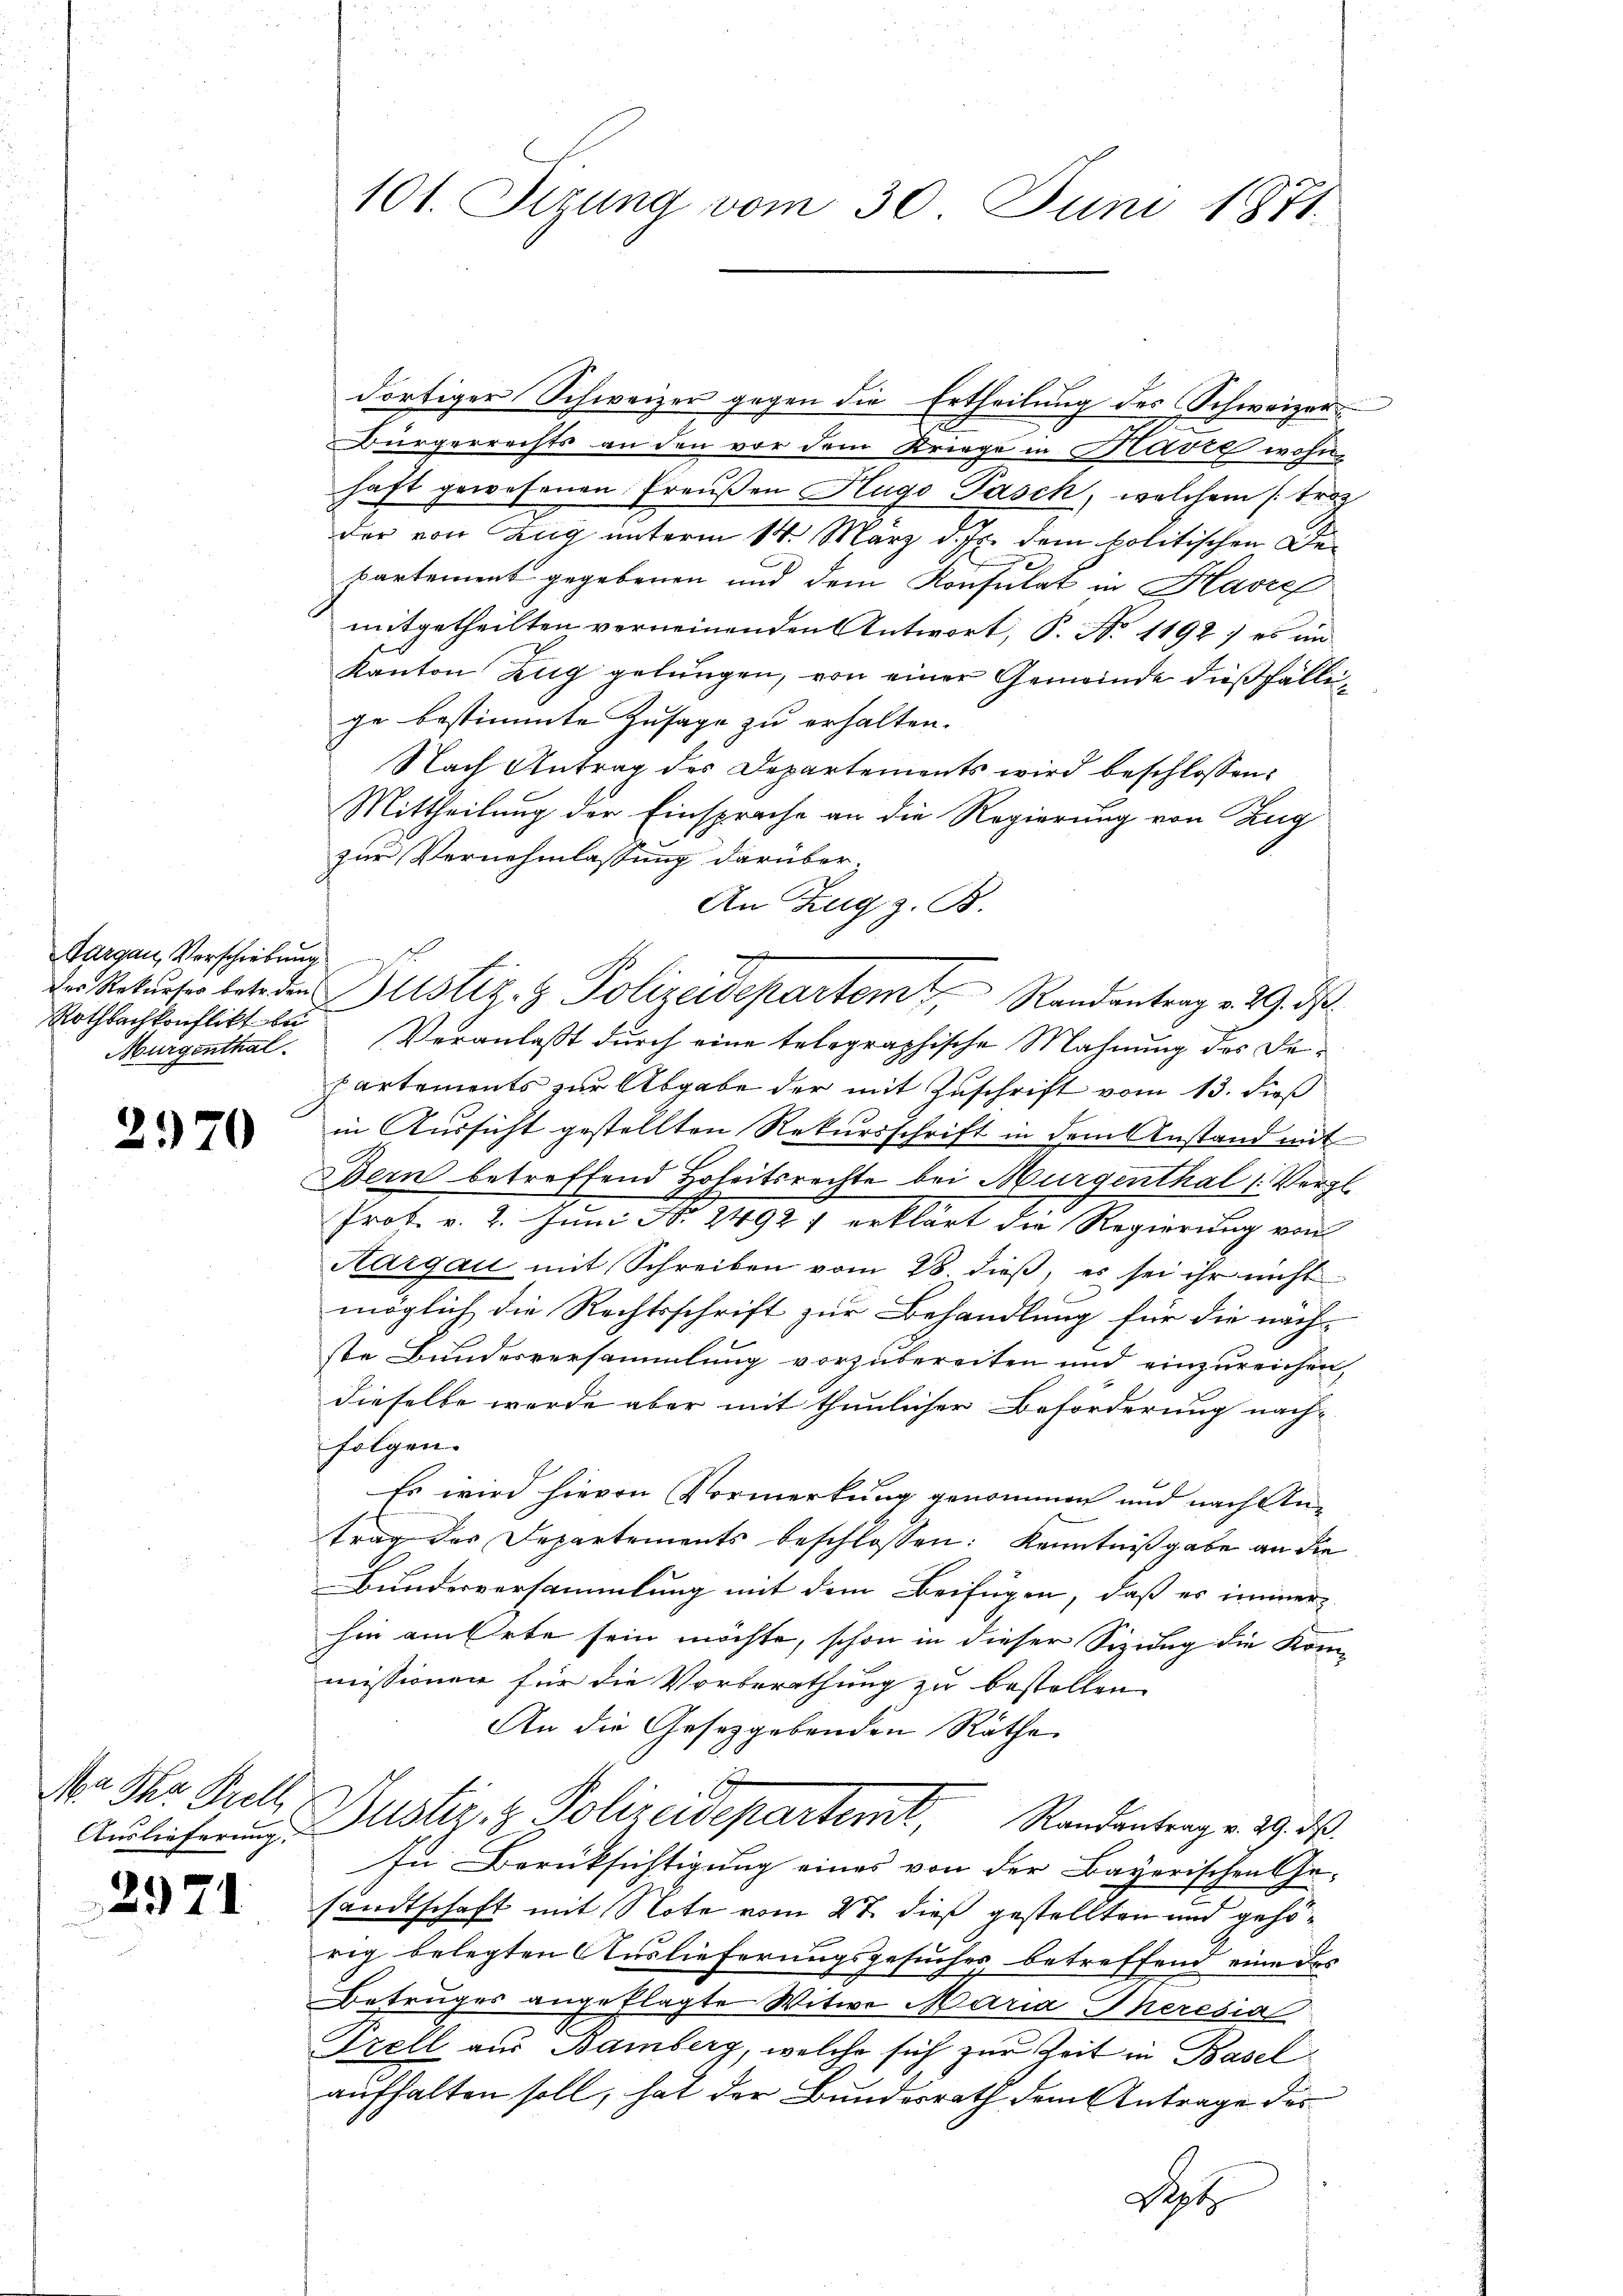
Aargau, Verschiebung
Rothbachkonflikt zu
Murgenthal

2370

Ma Ihr Prell
Auslieferung.

2971.

101. Sizung vom 30. Juni 1871.

dortiger Schweizer gegen die Ertheilung des Schweizer
Bürgerrechts an den vor dem Kriege in Navre wohnhaft gewesenen Preußen Hugo Pasch, welchem /: trot
der von Zug unterm 14. März d. Js. dem politischen Dekartement gegebenen und dem Konsulat in Havre
mitgetheilten verneinenden Antwort, S. No 1192 : es in
Kanton Zug gelungen, von einer Gemeinde dießfällige bestimmte Zusage zu erhalten.
Nach Antrag des Departements wird beschlossen:
Mittheilung der Einsprache an die Regierung von Zug
zur Vernehmlassung darüber
An Zug z. B.
Der Rekurser betr den Zustiz- & Polizeidepartem Randantrag v. 29. ds.
Veranlasst durch eine telegraphische Mahnung des De¬
Partements zur Abgabe der mit Zuschrift vom 13. dieß
in Aussicht gestellten Rekursschrift in dem Anstand mit
Bern betreffend Hoheitsrechte bei Murgenthal (Vergl
2
Prot. v. 2. Juni No 24921 erklärt die Regierung von
Aargau mit Schreiben vom 28. dieß, es sei ihr nicht
möglich die Rechtsschrift zur Behandlung für die näch-
ste Bundesversammlung vorzubereiten und einzureichen,
dieselbe werde aber mit thunlicher Beförderung nach-
folgen.
Es wird hievon Vormerkung genommen und nach An-
trag des Departements beschlossen: Kenntnißgabe an die
Bundesversammlung mit dem Beifügen, daß es immer-
hin an Orte sein möchte, schon in dieser Sizung die Kom-
missionen für die Vorberathung zu bestellen
An die Gesetzgebenden Räthe
Justiz & Polizeidepartemt, Standentrag v. 29. ds.
In Berüksichtigung eines von der Bayerischen Ge-
sandtschaft mit Note vom 27. dieß gestellten und gehörig belegten Auslieferungsgesuches, betreffend eine des
Betruges angeflagte Witwe Maria Theresia
Trell aus Bamberg, welche sich zur Zeit in Basel
aufhalten soll, hat der Bundesrath dem Antrage des
Sept